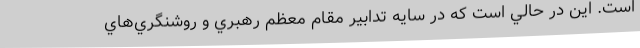
است. اين در حالي است كه در سايه تدابير مقام معظم رهبري و روشنگري‌هاي